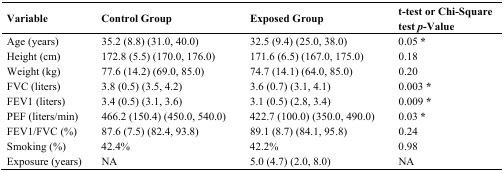
| Variable | Control Group | Exposed Group | t-test or Chi-Square test p-Value |
 | --- | --- | --- | --- |
 | Age (years) | 35.2 (8.8) (31.0, 40.0) | 32.5 (9.4) (25.0, 38.0) | 0.05 * |
 | Height (cm) | 172.8 (5.5) (170.0, 176.0) | 171.6 (6.5) (167.0, 175.0) | 0.18 |
 | Weight (kg) | 77.6 (14.2) (69.0, 85.0) | 74.7 (14.1) (64.0, 85.0) | 0.20 |
 | FVC (liters) | 3.8 (0.5) (3.5, 4.2) | 3.6 (0.7) (3.1, 4.1) | 0.003 * |
 | FEV1 (liters) | 3.4 (0.5) (3.1, 3.6) | 3.1 (0.5) (2.8, 3.4) | 0.009 * |
 | PEF (liters/min) | 466.2 (150.4) (450.0, 540.0) | 422.7 (100.0) (350.0, 490.0) | 0.03 * |
 | FEV1/FVC (%) | 87.6 (7.5) (82.4, 93.8) | 89.1 (8.7) (84.1, 95.8) | 0.24 |
 | Smoking (%) | 42.4% | 42.2% | 0.98 |
 | Exposure (years) | NA | 5.0 (4.7) (2.0, 8.0) | NA |